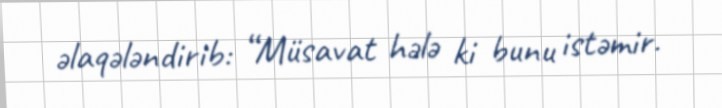
əlaqələndirib: “Müsavat hələ ki bunu istəmir.